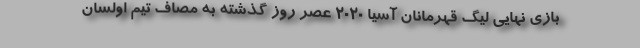
بازی نهایی لیگ قهرمانان آسیا 2020 عصر روز گذشته به مصاف تیم اولسان